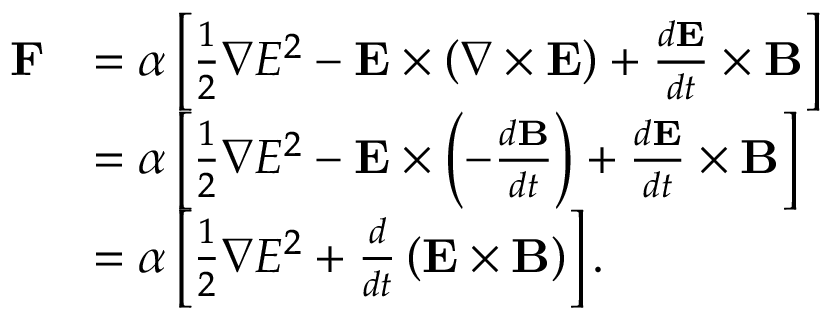
{ \begin{array} { r l } { \mathbf { F } } & { = \alpha \left[ { \frac { 1 } { 2 } } \nabla E ^ { 2 } - \mathbf { E } \times \left( \nabla \times \mathbf { E } \right) + { \frac { d \mathbf { E } } { d t } } \times \mathbf { B } \right] } \\ & { = \alpha \left[ { \frac { 1 } { 2 } } \nabla E ^ { 2 } - \mathbf { E } \times \left( - { \frac { d \mathbf { B } } { d t } } \right) + { \frac { d \mathbf { E } } { d t } } \times \mathbf { B } \right] } \\ & { = \alpha \left[ { \frac { 1 } { 2 } } \nabla E ^ { 2 } + { \frac { d } { d t } } \left( \mathbf { E } \times \mathbf { B } \right) \right] . } \end{array} }